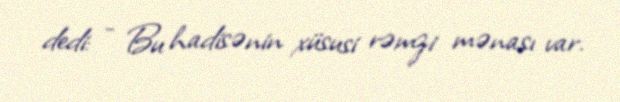
dedi: - Bu hadisənin xüsusi rəmzi mənası var.